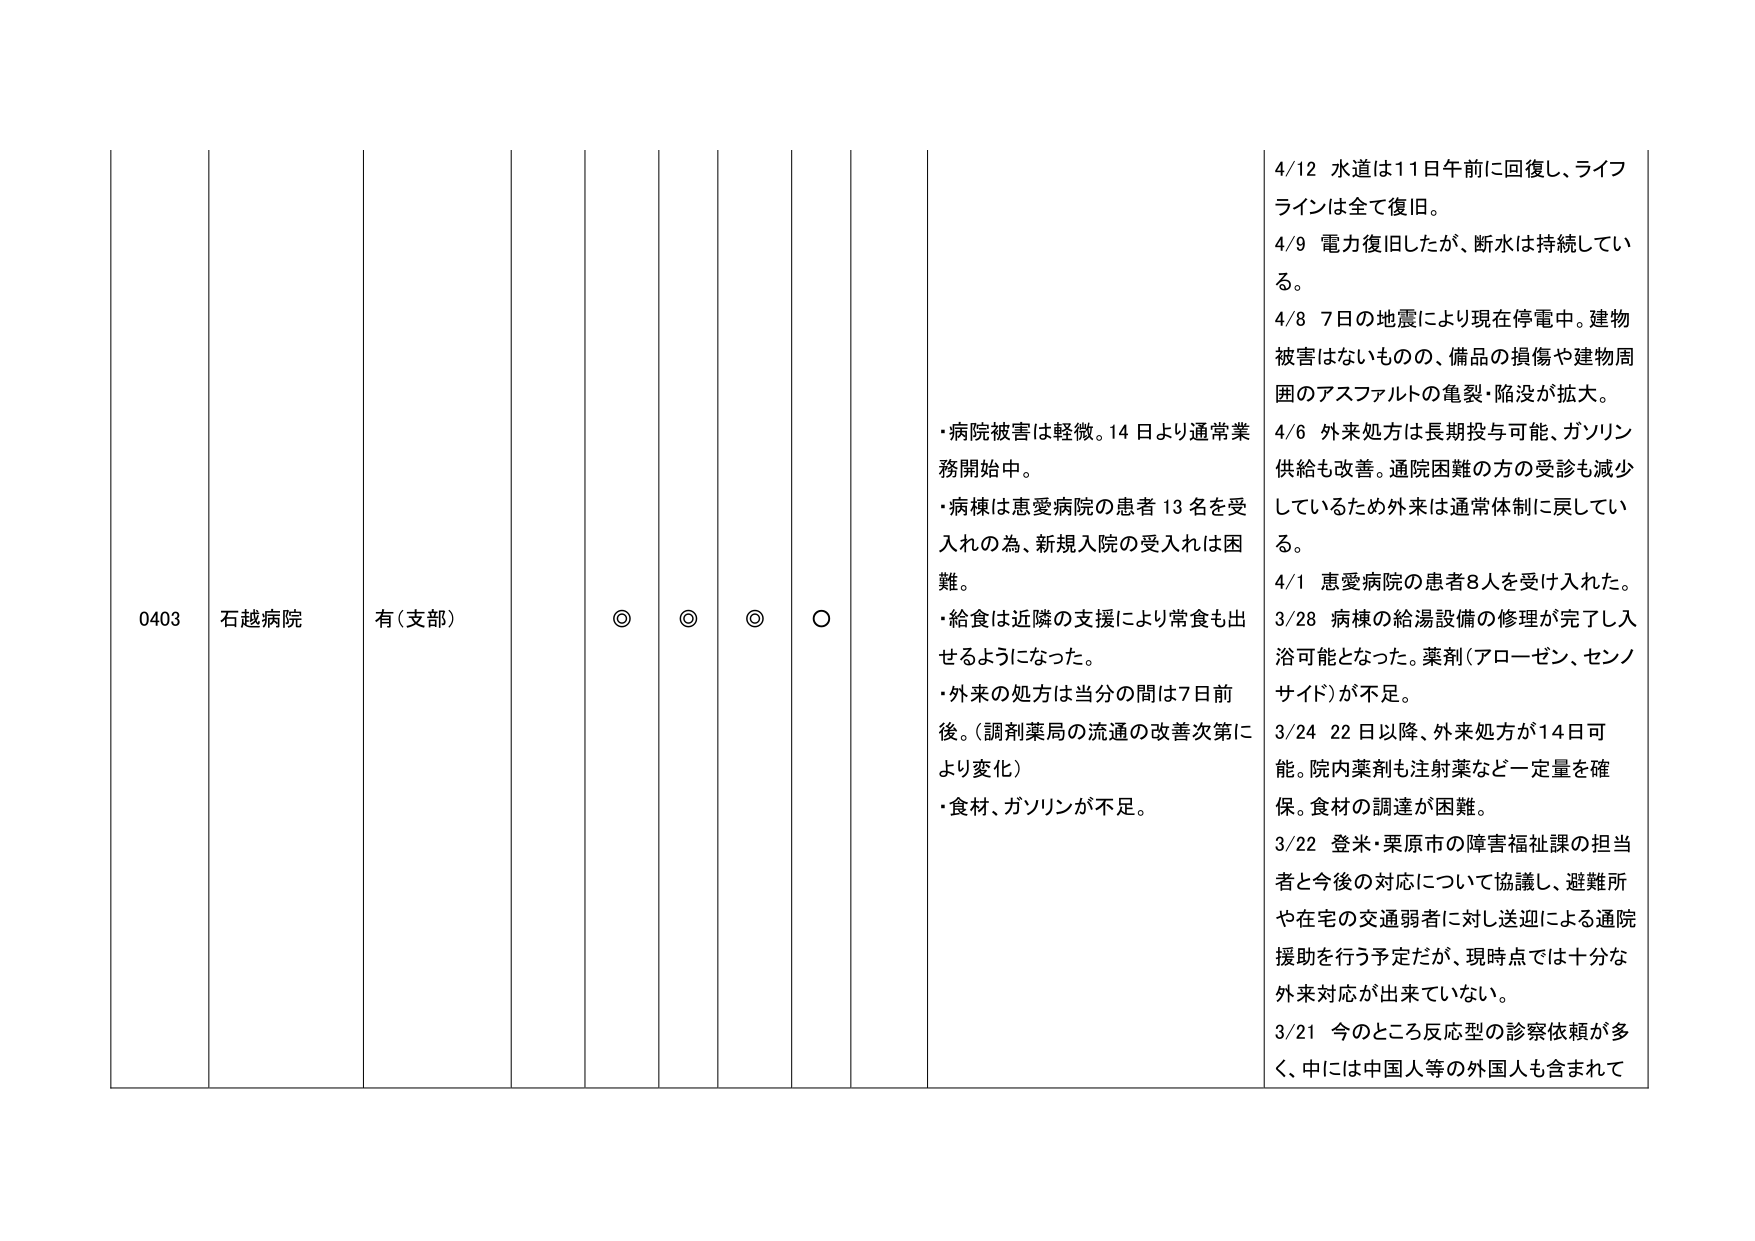
0403 石越病院 有（支部） ◎ ◎ ◎ ○
・病院被害は軽微。14日より通常業務開始中。
・病棟は恵愛病院の患者13名を受入れの為、新規入院の受入れは困難。
・給食は近隣の支援により常食も出せるようになった。
・外来の処方は当分の間は7日前後。（調剤薬局の流通の改善次第により変化）
・食材、ガソリンが不足。
4/12 水道は11日午前に回復し、ライフラインは全て復旧。
4/9 電力復旧したが、断水は持续している。
4/8 7日の地震により現在停電中。建物被害はないものの、備品の損傷や建物周囲のアスファルトの亀裂・陥没が拡大。
4/6 外来処方は長期投与可能、ガソリン供給も改善。通院困難の方の受診も減少しているため外来は通常体制に戻している。
4/1 恵愛病院の患者8人を受け入れた。
3/28 病棟の給湯設備の修理が完了し入浴可能となった。薬剤（アローゼン、センノサイド）が不足。
3/24 22日以降、外来処方が14日可能。院内薬剤も注射薬など一定量を確保。食材の調達が困難。
3/22 登米・栗原市の障害福祉課の担当者と今後の対応について協議し、避難所や在宅の交通弱者に対し送迎による通院援助を行う予定だが、現時点では十分な外来対応が出来ていない。
3/21 今のところ反応型の診察依頼が多く、中には中国人等の外国人も含まれて